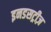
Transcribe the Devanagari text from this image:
इनडसट्रीज़